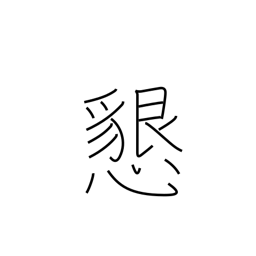
Meaning: hospitable